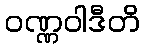
ဝဏ္ဏဝါဒီတိ